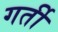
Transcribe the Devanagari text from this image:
गर्ती